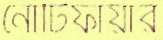
নোটিফায়ার